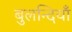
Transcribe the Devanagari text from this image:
बुलन्दियाँ